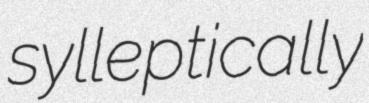
sylleptically